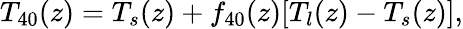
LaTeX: T_{40}(z)=T_{s}(z)+f_{40}(z)[T_{l}(z)-T_{s}(z)],